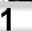
Digit: 1